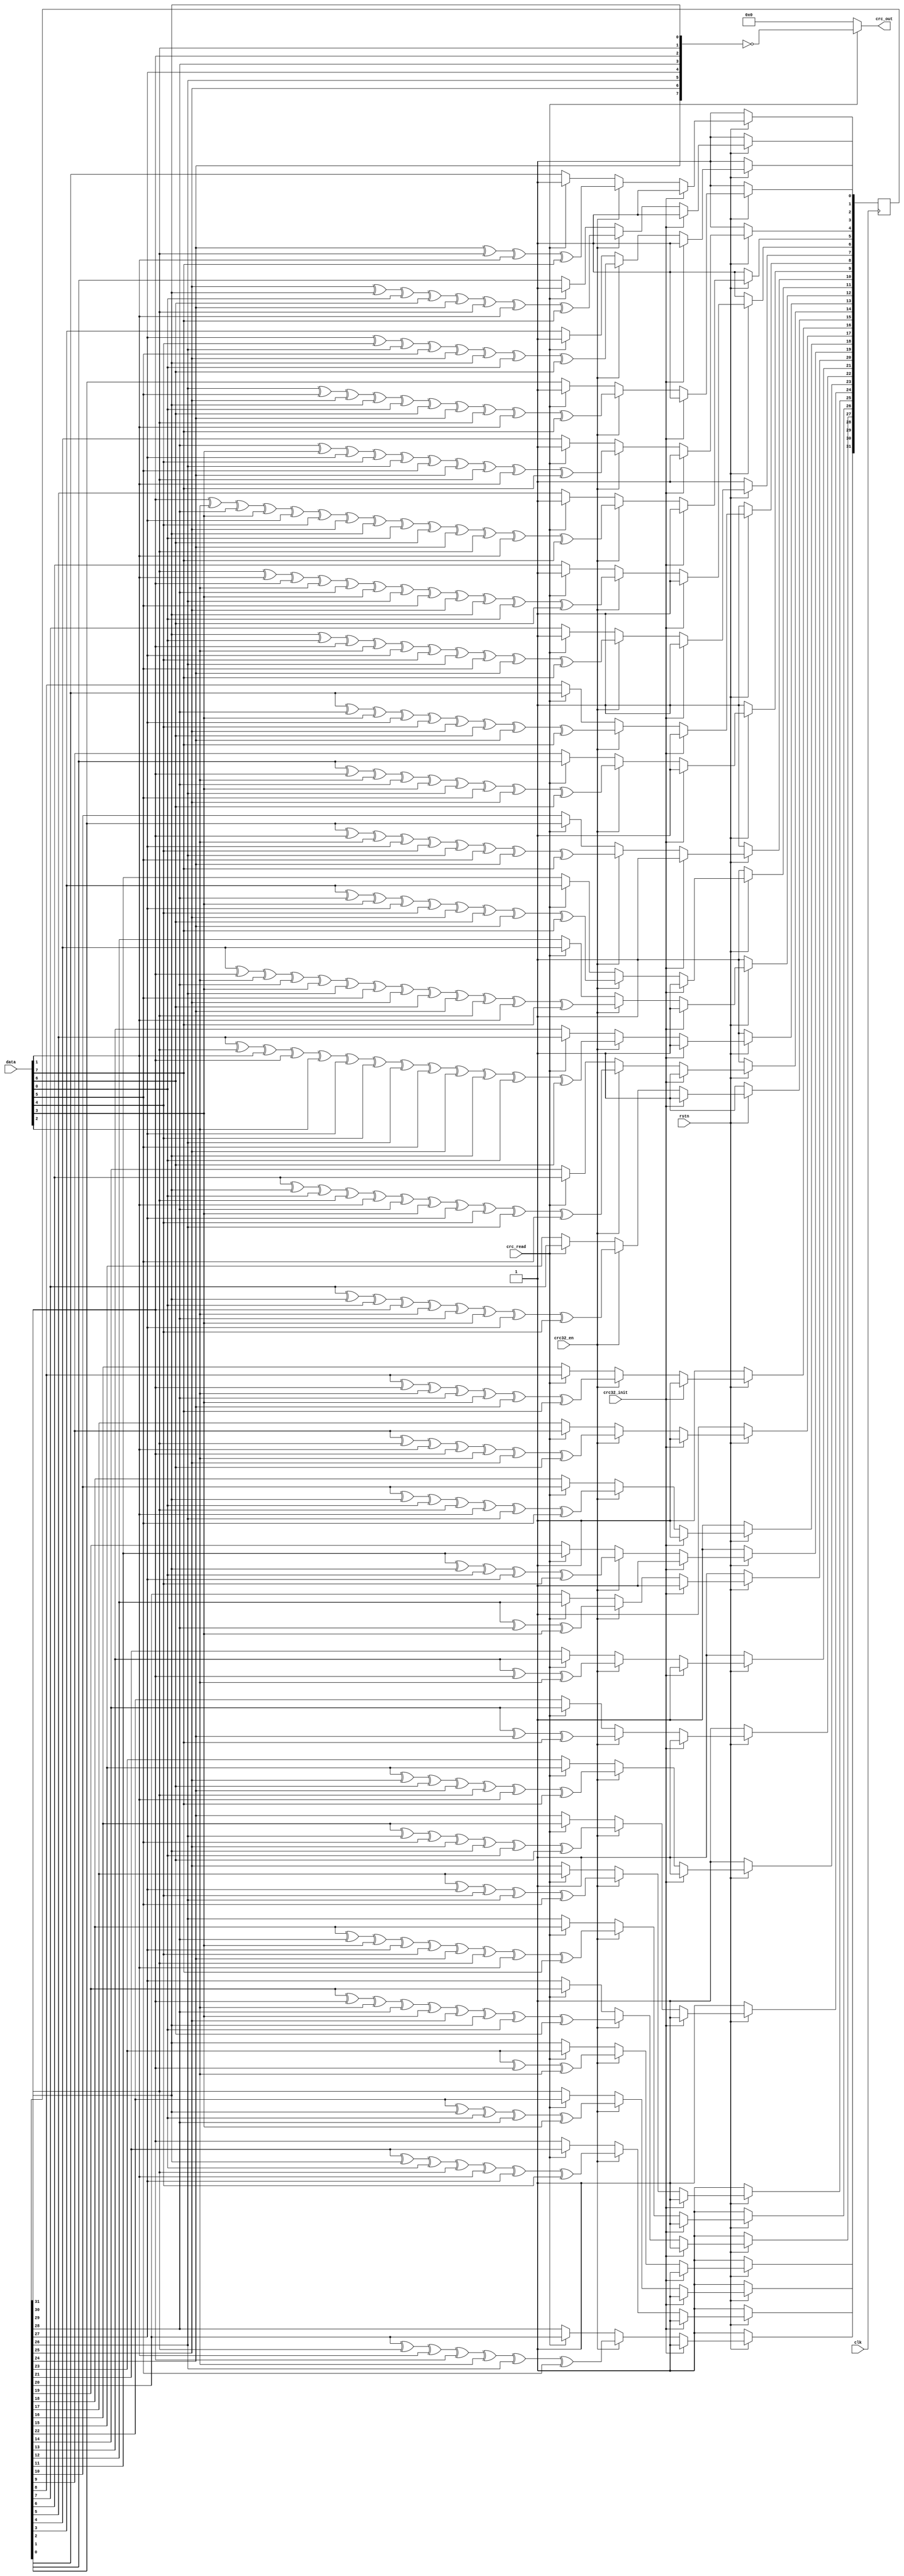
`timescale 1ns / 1ps
//////////////////////////////////////////////////////////////////////////////////
// Company: 
// Engineer: 
// 
// Design Name: 
// Module Name: crc32_gen
// Project Name: 
// Target Devices: 
// Tool Versions: 
// Description: 
// 
// Dependencies: 
// 
// Revision:
// Revision 0.01 - File Created
// Additional Comments:
// 
//////////////////////////////////////////////////////////////////////////////////

module crc32_gen(
	input         clk,
    input         rstn,
	input         crc32_init,       //crc
	input         crc32_en,         //crc
	input         crc_read, 
    input  [7:0]  data,	 
	output [7:0]  crc_out 
);

    reg [31:0]   crc_temp;
    
    assign crc_out = crc_read ? ~{crc_temp[24], crc_temp[25], crc_temp[26], crc_temp[27],
    	                          crc_temp[28], crc_temp[29], crc_temp[30], crc_temp[31]} : 8'h00;			  
        
    
    always@(posedge clk) 
    begin        
       if(!rstn)
    	    crc_temp <= 32'hffffffff;		  
       else if(crc32_init)
    	    crc_temp <= 32'hffffffff;
       else if(crc32_en)
    	  begin
    		 crc_temp[0]  <= crc_temp[24] ^ crc_temp[30] ^ data[1] ^ data[7];
    		 crc_temp[1]  <= crc_temp[25] ^ crc_temp[31] ^ data[0] ^ data[6] ^ crc_temp[24] ^ crc_temp[30] ^ data[1] ^ data[7];
    		 crc_temp[2]  <= crc_temp[26] ^ data[5]      ^ crc_temp[25] ^ crc_temp[31]^data[0] ^ data[6]^crc_temp[24]^crc_temp[30]^data[1]^data[7];
    		 crc_temp[3]  <= crc_temp[27] ^ data[4]      ^ crc_temp[26] ^ data[5]^crc_temp[25] ^ crc_temp[31]^data[0]^data[6];
    		 crc_temp[4]  <= crc_temp[28] ^ data[3]      ^ crc_temp[27] ^ data[4]^crc_temp[26] ^ data[5]^crc_temp[24]^crc_temp[30]^data[1]^data[7];
    		 crc_temp[5]  <= crc_temp[29] ^ data[2]      ^ crc_temp[28] ^ data[3]^crc_temp[27] ^ data[4]^crc_temp[25]^crc_temp[31]^data[0]^data[6]^crc_temp[24]^crc_temp[30]^data[1]^data[7];
    		 crc_temp[6]  <= crc_temp[30] ^ data[1]      ^ crc_temp[29] ^ data[2]^crc_temp[28] ^ data[3]^crc_temp[26]^data[5]^crc_temp[25]^crc_temp[31]^data[0]^data[6];
    		 crc_temp[7]  <= crc_temp[31] ^ data[0]      ^ crc_temp[29] ^ data[2]^crc_temp[27] ^ data[4]^crc_temp[26]^data[5]^crc_temp[24]^data[7];
    		 crc_temp[8]  <= crc_temp[ 0] ^ crc_temp[28] ^ data[3] ^crc_temp[27] ^ data[4] ^ crc_temp[25]^data[6]^crc_temp[24]^data[7];
    		 crc_temp[9]  <= crc_temp[ 1] ^ crc_temp[29] ^ data[2] ^crc_temp[28] ^ data[3] ^ crc_temp[26]^data[5]^crc_temp[25]^data[6];
    		 crc_temp[10] <= crc_temp[ 2] ^ crc_temp[29] ^ data[2] ^crc_temp[27] ^ data[4] ^ crc_temp[26]^data[5]^crc_temp[24]^data[7];
    		 crc_temp[11] <= crc_temp[ 3] ^ crc_temp[28] ^ data[3] ^crc_temp[27] ^ data[4] ^ crc_temp[25]^data[6]^crc_temp[24]^data[7];
    		 crc_temp[12] <= crc_temp[ 4] ^ crc_temp[29] ^ data[2] ^crc_temp[28] ^ data[3] ^ crc_temp[26]^data[5]^crc_temp[25]^data[6]^crc_temp[24]^crc_temp[30]^data[1]^data[7];
    		 crc_temp[13] <= crc_temp[ 5] ^ crc_temp[30] ^ data[1] ^crc_temp[29] ^ data[2] ^ crc_temp[27]^data[4]^crc_temp[26]^data[5]^crc_temp[25]^crc_temp[31]^data[0]^data[6];
    		 crc_temp[14] <= crc_temp[ 6] ^ crc_temp[31] ^ data[0] ^crc_temp[30] ^ data[1] ^ crc_temp[28]^data[3]^crc_temp[27]^data[4]^crc_temp[26]^data[5];
    		 crc_temp[15] <= crc_temp[ 7] ^ crc_temp[31] ^ data[0] ^crc_temp[29] ^ data[2] ^ crc_temp[28]^data[3]^crc_temp[27]^data[4];
    		 crc_temp[16] <= crc_temp[ 8] ^ crc_temp[29] ^ data[2] ^crc_temp[28] ^ data[3] ^ crc_temp[24]^data[7];
    		 crc_temp[17] <= crc_temp[ 9] ^ crc_temp[30] ^ data[1] ^crc_temp[29] ^ data[2] ^ crc_temp[25]^data[6];
    		 crc_temp[18] <= crc_temp[10] ^ crc_temp[31] ^ data[0] ^crc_temp[30] ^ data[1] ^ crc_temp[26]^data[5];
    		 crc_temp[19] <= crc_temp[11] ^ crc_temp[31] ^ data[0] ^crc_temp[27] ^ data[4];
    		 crc_temp[20] <= crc_temp[12] ^ crc_temp[28] ^ data[3];                    
    		 crc_temp[21] <= crc_temp[13] ^ crc_temp[29] ^ data[2];                    
    		 crc_temp[22] <= crc_temp[14] ^ crc_temp[24] ^ data[7];                    
    		 crc_temp[23] <= crc_temp[15] ^ crc_temp[25] ^ data[6] ^crc_temp[24] ^ crc_temp[30] ^ data[1] ^ data[7];
    		 crc_temp[24] <= crc_temp[16] ^ crc_temp[26] ^ data[5] ^crc_temp[25] ^ crc_temp[31] ^ data[0] ^ data[6];
    		 crc_temp[25] <= crc_temp[17] ^ crc_temp[27] ^ data[4] ^crc_temp[26] ^ data[5];
    		 crc_temp[26] <= crc_temp[18] ^ crc_temp[28] ^ data[3] ^crc_temp[27] ^ data[4] ^ crc_temp[24] ^ crc_temp[30]^data[1]^data[7];
    		 crc_temp[27] <= crc_temp[19] ^ crc_temp[29] ^ data[2] ^crc_temp[28] ^ data[3] ^ crc_temp[25] ^ crc_temp[31]^data[0]^data[6];
    		 crc_temp[28] <= crc_temp[20] ^ crc_temp[30] ^ data[1] ^crc_temp[29] ^ data[2] ^ crc_temp[26] ^ data[5];
    		 crc_temp[29] <= crc_temp[21] ^ crc_temp[31] ^ data[0] ^crc_temp[30] ^ data[1] ^ crc_temp[27] ^ data[4];
    		 crc_temp[30] <= crc_temp[22] ^ crc_temp[31] ^ data[0] ^crc_temp[28] ^ data[3];
    		 crc_temp[31] <= crc_temp[23] ^ crc_temp[29] ^ data[2];
    	  end
    	else if(crc_read)
    	    crc_temp <= {crc_temp[23:0], 8'hff};
    end
		 
endmodule